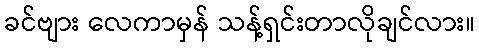
ခင်ဗျား လေကာမှန် သန့်ရှင်းတာလိုချင်လား။